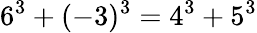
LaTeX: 6^{3}+(-3)^{3}=4^{3}+5^{3}